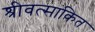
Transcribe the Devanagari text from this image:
श्रीवत्सांकित